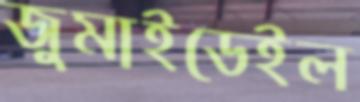
জুমাইডেইল